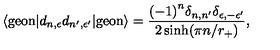
\langle \mathrm { g e o n } | d _ { n , \epsilon } d _ { n ^ { \prime } , \epsilon ^ { \prime } } | \mathrm { g e o n } \rangle = \frac { { ( - 1 ) } ^ { n } \delta _ { n , n ^ { \prime } } \delta _ { \epsilon , - \epsilon ^ { \prime } } } { 2 \sinh ( \pi n / r _ { + } ) } ,